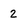
Character: 2